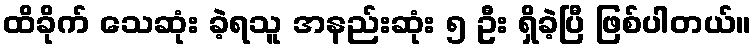
ထိခိုက် သေဆုံး ခဲ့ရသူ အနည်းဆုံး ၅ ဦး ရှိခဲ့ပြီ ဖြစ်ပါတယ်။